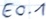
Text: E0.1